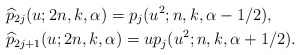
\begin{align*}&\widehat p_{2j}(u;2n,k,\alpha)=p_{j}(u^2;n,k,\alpha-1/2),\\&\widehat p_{2j+1}(u;2n,k,\alpha)=up_{j}(u^2;n,k,\alpha+1/2).\end{align*}